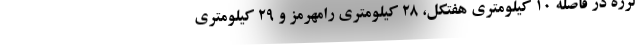
لرزه در فاصله ۱۰ کیلومتری هفتکل، ۲۸ کیلومتری رامهرمز و ۲۹ کیلومتری